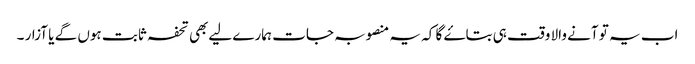
اب یہ تو آنے والا وقت ہی بتاۓ گا کہ یہ منصوبہ جات ہمارے لیےبھی تحفہ ثابت ہوں گے یا آزار ۔